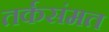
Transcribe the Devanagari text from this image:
तर्कसंमत